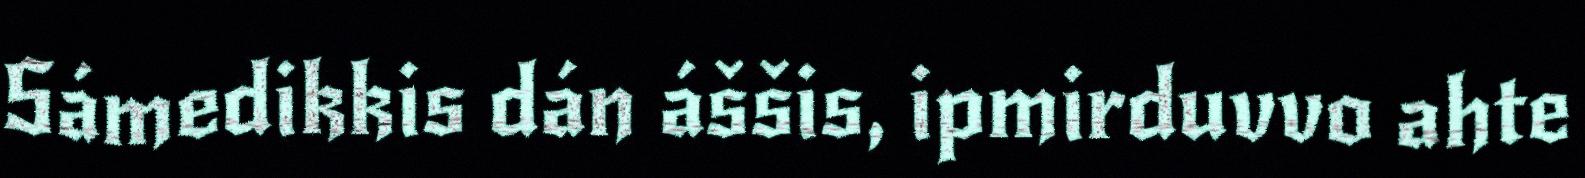
Sámedikkis dán áššis, ipmirduvvo ahte